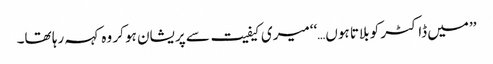
’’میں ڈاکٹر کو بلاتا ہوں…‘‘میری کیفیت سے پریشان ہو کر وہ کہہ رہا تھا۔